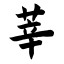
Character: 莘